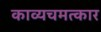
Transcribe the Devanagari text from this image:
काव्यचमत्कार